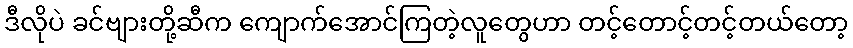
ဒီလိုပဲ ခင်ဗျားတို့ဆီက ကျောက်အောင်ကြတဲ့လူတွေဟာ တင့်တောင့်တင့်တယ်တော့